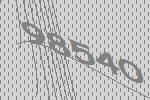
98540